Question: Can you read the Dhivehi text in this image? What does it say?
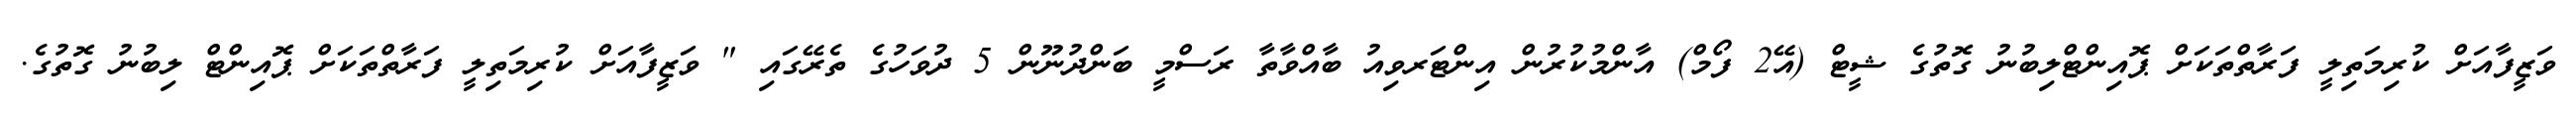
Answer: ވަޒީފާއަށް ކުރިމަތިލީ ފަރާތްތަކަށް ޕޮއިންޓްލިބުނު ގޮތުގެ ޝީޓް (އޭ2 ފޯމް) އާންމުކުރުން އިންޓަރވިއު ބާއްވާތާ ރަސްމީ ބަންދުނޫން 5 ދުވަހުގެ ތެރޭގައި " ވަޒީފާއަށް ކުރިމަތިލީ ފަރާތްތަކަށް ޕޮއިންޓް ލިބުނު ގޮތުގެ.